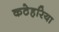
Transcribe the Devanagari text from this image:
कठेहरिया